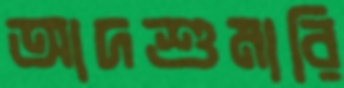
আদশুমারি